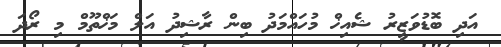
އަދި ބޮޑުވަޒީރު ޝެއިޚް މުހައްމަދު ބިން ރާޝިދު އަލް މަޚްތޫމް މި ރޯދަ